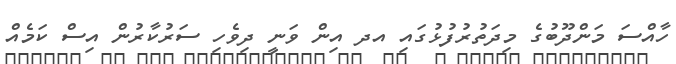
ހާއްސަ މަންދޫބުގެ މިދަތުރުފުޅުގައި އދ އިން ވަނީ ދިވެހި ސަރުކާރުން އިސް ކަމެއް